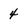
Character: 4